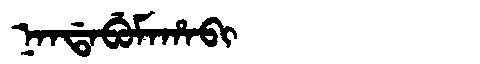
Manchu: ᠨᠠᠨᡩᠠᠪᡠᠮᠠᡥᠠᠪᡳ
Romanization: NANDABUMAHABI